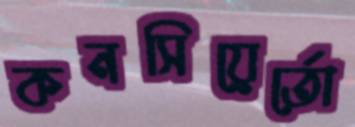
কনসিয়ের্তো